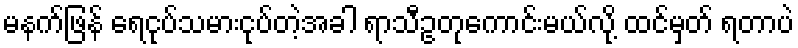
မနက်ဖြန် ရေငုပ်သမားငုပ်တဲ့အခါ ရာသီဥတုကောင်းမယ်လို့ ထင်မှတ် ရတာပဲ